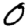
Digit: 0